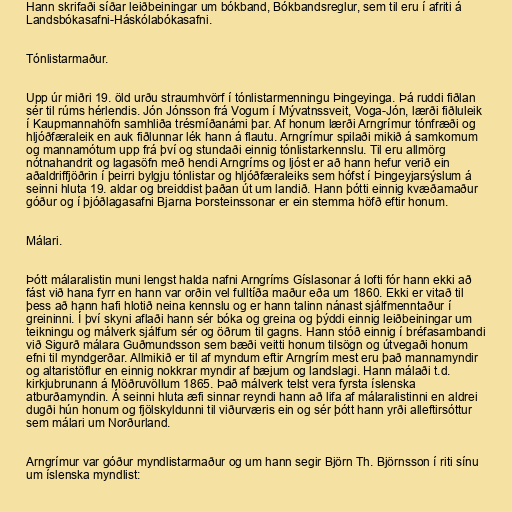
Hann skrifaði síðar leiðbeiningar um bókband, Bókbandsreglur, sem til eru í afriti á
Landsbókasafni-Háskólabókasafni.

Tónlistarmaður.

Upp úr miðri 19. öld urðu straumhvörf í tónlistarmenningu Þingeyinga. Þá ruddi fiðlan
sér til rúms hérlendis. Jón Jónsson frá Vogum í Mývatnssveit, Voga-Jón, lærði fiðluleik
í Kaupmannahöfn samhliða trésmíðanámi þar. Af honum lærði Arngrímur tónfræði og
hljóðfæraleik en auk fiðlunnar lék hann á flautu. Arngrímur spilaði mikið á samkomum
og mannamótum upp frá því og stundaði einnig tónlistarkennslu. Til eru allmörg
nótnahandrit og lagasöfn með hendi Arngríms og ljóst er að hann hefur verið ein
aðaldriffjöðrin í þeirri bylgju tónlistar og hljóðfæraleiks sem hófst í Þingeyjarsýslum á
seinni hluta 19. aldar og breiddist þaðan út um landið. Hann þótti einnig kvæðamaður
góður og í þjóðlagasafni Bjarna Þorsteinssonar er ein stemma höfð eftir honum.

Málari.

Þótt málaralistin muni lengst halda nafni Arngríms Gíslasonar á lofti fór hann ekki að
fást við hana fyrr en hann var orðin vel fulltíða maður eða um 1860. Ekki er vitað til
þess að hann hafi hlotið neina kennslu og er hann talinn nánast sjálfmenntaður í
greininni. Í því skyni aflaði hann sér bóka og greina og þýddi einnig leiðbeiningar um
teikningu og málverk sjálfum sér og öðrum til gagns. Hann stóð einnig í bréfasambandi
við Sigurð málara Guðmundsson sem bæði veitti honum tilsögn og útvegaði honum
efni til myndgerðar. Allmikið er til af myndum eftir Arngrím mest eru það mannamyndir
og altaristöflur en einnig nokkrar myndir af bæjum og landslagi. Hann málaði t.d.
kirkjubrunann á Möðruvöllum 1865. Það málverk telst vera fyrsta íslenska
atburðamyndin. Á seinni hluta æfi sinnar reyndi hann að lifa af málaralistinni en aldrei
dugði hún honum og fjölskyldunni til viðurværis ein og sér þótt hann yrði alleftirsóttur
sem málari um Norðurland.

Arngrímur var góður myndlistarmaður og um hann segir Björn Th. Björnsson í riti sínu
um íslenska myndlist: